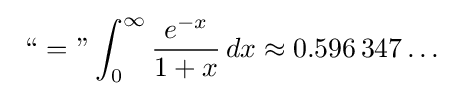
{\text{ “ = ” }}\!\!\int _{0}^{\infty }{\frac {e^{-x}}{1+x}}\,dx\approx 0.596\,347\ldots